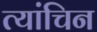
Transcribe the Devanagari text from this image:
त्यांचिन